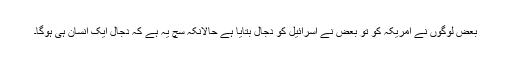
بعض لوگوں نے امریکہ کو تو بعض نے اسرائیل کو دجال بتایا ہے حالانکہ سچ یہ ہے کہ دجال ایک انسان ہی ہوگا۔